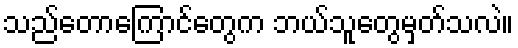
သည်တောကြောင်တွေက ဘယ်သူတွေမှတ်သလဲ။